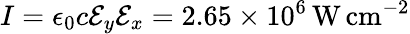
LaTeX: I=\epsilon_{0}c\mathcal{E}_{y}\mathcal{E}_{x}=2.65\times 10^{6}\, \mathrm{W}\, \mathrm{cm}^{-2}